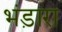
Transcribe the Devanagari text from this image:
भंड़ारा